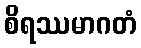
စိရဿမာဂတံ